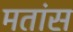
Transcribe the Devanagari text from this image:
मतांस